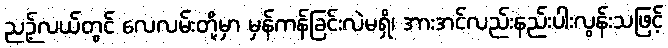
ညဉ့်လယ်တွင် လေလမ်းတို့မှာ မှန်ကန်ခြင်းလဲမရှိ၊ အားအင်လည်းနည်းပါးလွန်းသဖြင့်